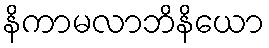
နိကာမလာဘိနိယော